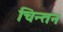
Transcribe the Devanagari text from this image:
चिन्‍तन